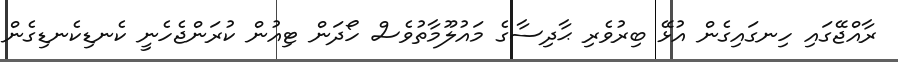
ރާއްޖޭގައި ހިނގައިގެން އުޅޭ ބިރުވެރި ޙާދިސާގެ މައުލޫމާތުވެސް ހޯދަން ޓިއުން ކުރަންޖެހެނީ ކެނޑިކެނޑިގެން